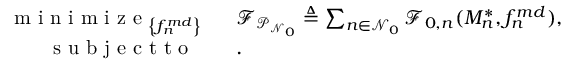
\begin{array} { r l } { \mathop { \textrm { m i n i m i z e } } _ { \left\{ f _ { n } ^ { m d } \right\} } \ \ } & { \mathcal { F } _ { \mathcal { P } _ { \mathcal { N } _ { 0 } } } \triangleq \sum _ { n \in \mathcal { N } _ { 0 } } \mathcal { F } _ { 0 , n } ( { M _ { n } ^ { * } } , { f _ { n } ^ { m d } } ) , } \\ { \textrm { s u b j e c t t o } \ \ \ } & { . } \end{array}